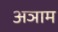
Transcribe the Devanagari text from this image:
अञाम